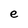
Character: e